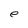
Character: e